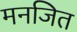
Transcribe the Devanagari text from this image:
मनजित